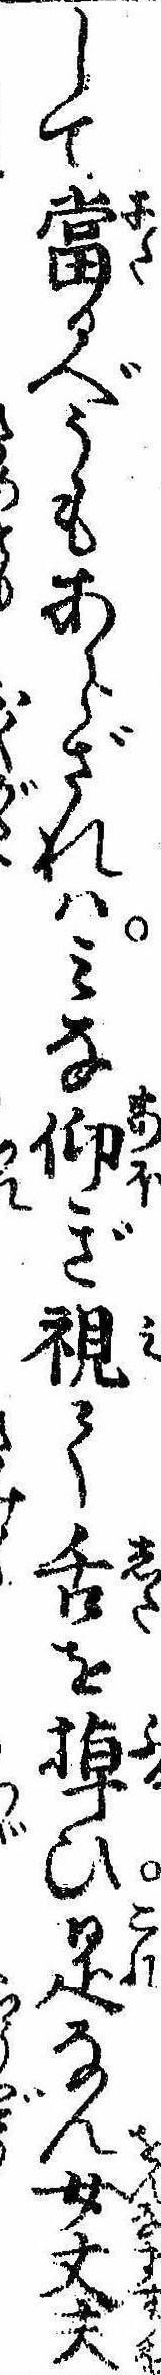
して当るべうもあらざれはみな仰ぎ視て舌を掉ひ是なん女丈夫